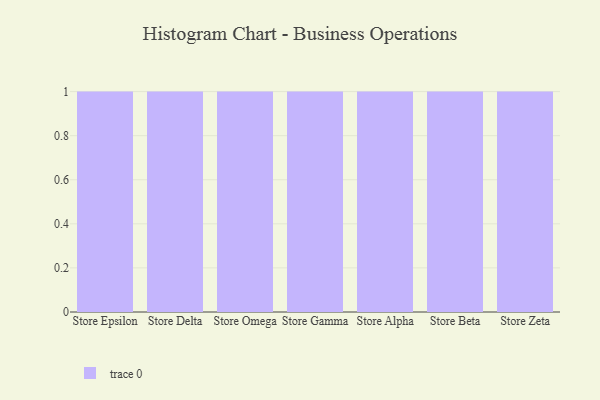
{"axis": {"x": "Store", "y": "Bounce Rate (%)"}, "legend": [""], "data": [{"x": "Store Epsilon", "y": 22, "type": ""}, {"x": "Store Delta", "y": 36, "type": ""}, {"x": "Store Omega", "y": 36, "type": ""}, {"x": "Store Gamma", "y": 16, "type": ""}, {"x": "Store Alpha", "y": 83, "type": ""}, {"x": "Store Beta", "y": 71, "type": ""}, {"x": "Store Zeta", "y": 21, "type": ""}]}